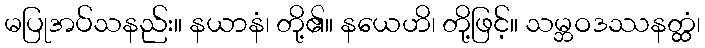
မပြုအပ်သနည်း။ နယာနံ၊ တို့၏။ နယေဟိ၊ တို့ဖြင့်။ သမ္ဘဝဒဿနတ္ထံ၊